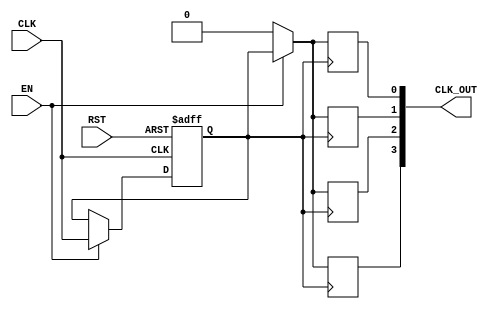
module ClockTreeBuffer #(
    parameter NUM_OUTPUTS = 4,          // Number of buffered clock outputs
    parameter DRIVE_STRENGTH = 2'b10    // Drive strength (example: 00 = low, 01 = medium, 10 = high)
)(
    input wire CLK,                      // Primary Clock Signal
    input wire EN,                       // Enable Signal
    input wire RST,                      // Reset Signal
    output reg [NUM_OUTPUTS-1:0] CLK_OUT // Buffered Clock Outputs
);

    // Internal signal to hold the buffered clock
    reg buffered_clk;

    // Buffering process
    always @(posedge CLK or posedge RST) begin
        if (RST) begin
            buffered_clk <= 1'b0;          // Reset buffered clock
        end else if (EN) begin
            buffered_clk <= CLK;           // Buffer the clock when enabled
        end
    end

    // Drive the outputs based on buffered clock
    genvar i;
    generate
        for (i = 0; i < NUM_OUTPUTS; i = i + 1) begin : buffer_outputs
            always @(posedge buffered_clk) begin
                if (EN) begin
                    CLK_OUT[i] <= buffered_clk; // Drive output with buffered clock
                end else begin
                    CLK_OUT[i] <= 1'b0; // Output is low when not enabled
                end
            end
        end
    endgenerate

endmodule